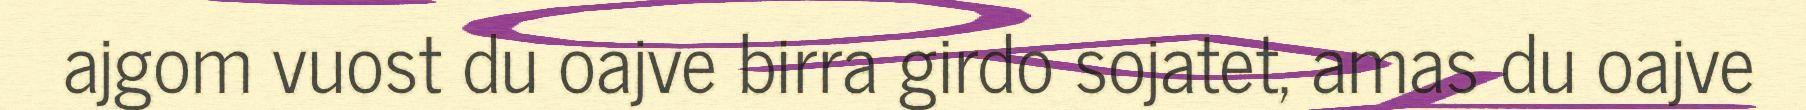
ajgom vuost du oajve birra girdo sojatet, amas du oajve